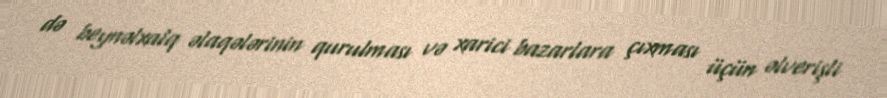
də beynəlxalq əlaqələrinin qurulması və xarici bazarlara çıxması üçün əlverişli